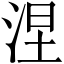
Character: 涅